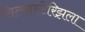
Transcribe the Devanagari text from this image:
सिल्व्हस्टेरिझला